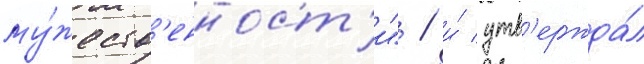
му́жеств'енност'и" / и́ утв'ержда́л